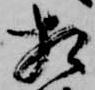
相